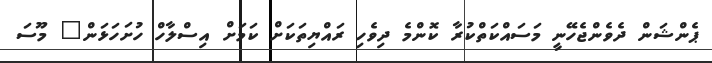
ޕެންޝަން ދެވެންޖެހޭނީ މަސައްކަތްކުރާ ކޮންމެ ދިވެހި ރައްޔިތަކަށް ކަމަށް އިސްލާހް ހުށަހަޅަން" މޫސަ